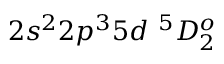
{ 2 s ^ { 2 } 2 p ^ { 3 } 5 d ~ ^ { 5 } D _ { 2 } ^ { o } }